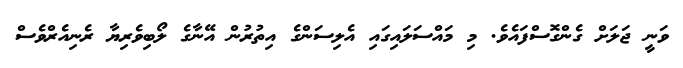
ވަނީ ޖަލަށް ގެންގޮސްފައެވެ. މި މައްސަލައިގައި އެލިސަންގެ އިތުރުން އޭނާގެ ލޯބިވެރިޔާ ރެނިއެރްވެސް